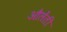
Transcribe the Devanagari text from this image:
औलेंती